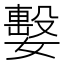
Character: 𡢖